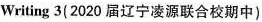
Writing3(2020届辽宁凌源联合校期中)